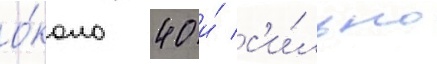
о́коло 40 и́ с'и́льно